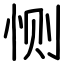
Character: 恻